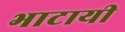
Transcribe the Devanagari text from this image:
भाटायी